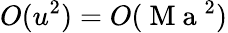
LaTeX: O(u^{2})=O(\mathrm{~M~a~}^{2})